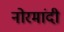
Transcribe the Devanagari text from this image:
नोरमांदी